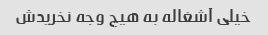
خیلی آشغاله به هیچ وجه نخریدش